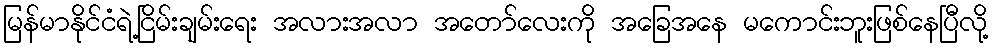
မြန်မာနိုင်ငံရဲ့ငြိမ်းချမ်းရေး အလားအလာ အတော်လေးကို အခြေအနေ မကောင်းဘူးဖြစ်နေပြီလို့